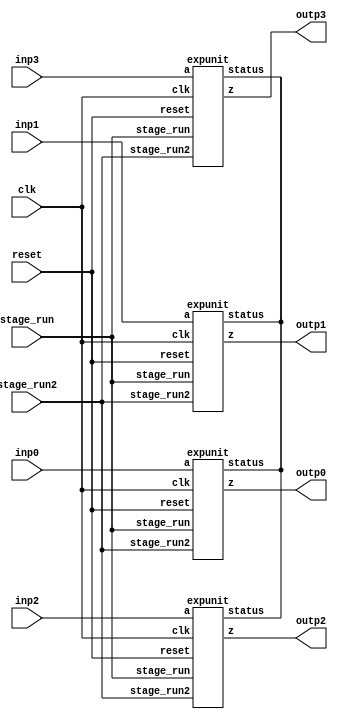
`define SIMULATION_MEMORY
//`define SIMULATION_addfp
`define VECTOR_DEPTH 64 //Q,K,V vector size
`define DATA_WIDTH 16
`define VECTOR_BITS 1024 // 16 bit each (16x64)
`define NUM_WORDS 32   //num of words in the sentence
`define BUF_AWIDTH 4 //16 entries in each buffer ram
`define BUF_LOC_SIZE 4 //4 words in each addr location
`define OUT_RAM_DEPTH 512 //512 entries in output bram
`define EXPONENT 8
`define MANTISSA 7
`define EXPONENT 5
`define MANTISSA 10
`define SIGN 1
`define DWIDTH (`SIGN+`EXPONENT+`MANTISSA)
`define DEFINES_DONE
`define DATAWIDTH (`SIGN+`EXPONENT+`MANTISSA)
`define IEEE_COMPLIANCE 1
`define NUM 4
`define ADDRSIZE 4

module mode7_exp(
  inp0, 
  inp1, 
  inp2, 
  inp3, 

  clk,
  reset,
  stage_run,
  stage_run2,
  
  outp0, 
  outp1, 
  outp2, 
  outp3
);

  input  [`DATAWIDTH-1 : 0] inp0;
  input  [`DATAWIDTH-1 : 0] inp1;
  input  [`DATAWIDTH-1 : 0] inp2;
  input  [`DATAWIDTH-1 : 0] inp3;

  input  clk;
  input  reset;
  input  stage_run;
  input  stage_run2;

  output  [`DATAWIDTH-1 : 0] outp0;
  output  [`DATAWIDTH-1 : 0] outp1;
  output  [`DATAWIDTH-1 : 0] outp2;
  output  [`DATAWIDTH-1 : 0] outp3;
  expunit exp0(.a(inp0), .z(outp0), .status(), .stage_run(stage_run), .stage_run2(stage_run2), .clk(clk), .reset(reset));
  expunit exp1(.a(inp1), .z(outp1), .status(), .stage_run(stage_run), .stage_run2(stage_run2), .clk(clk), .reset(reset));
  expunit exp2(.a(inp2), .z(outp2), .status(), .stage_run(stage_run), .stage_run2(stage_run2), .clk(clk), .reset(reset));
  expunit exp3(.a(inp3), .z(outp3), .status(), .stage_run(stage_run), .stage_run2(stage_run2), .clk(clk), .reset(reset));
endmodule
module expunit (a, z, status, stage_run, stage_run2, clk, reset);

	input [15:0] a;
    input stage_run;
	input stage_run2;
    input clk;
    input reset;
    output reg [15:0] z;
    output [7:0] status;
	
    reg  [31:0] LUTout_reg;
	reg  [31:0] LUTout_reg2;
    reg  [15:0] a_reg;
	reg  [15:0] a_reg2;
	reg  [15:0] a_comp_reg;
	reg  [31:0] Mult_out_reg;
    wire [31:0] LUTout;
    wire [31:0] Mult_out;
    wire [15:0] a_comp;
    wire [15:0] z_out;
  	
    
	always @(posedge clk) begin
    if(reset) begin
      LUTout_reg2 <= 0;
	  a_reg2 <= 0;
	  a_comp_reg <= 0;
    end 
	else if(stage_run2) begin
      LUTout_reg2 <= LUTout;
	  a_reg2 <= a;
	  a_comp_reg <= a_comp;
    end
    end
	
	always @(posedge clk) begin
    if(reset) begin
      Mult_out_reg <= 0;
      LUTout_reg <= 0;
	  a_reg <= 0;
    end 
	else if(stage_run) begin
      Mult_out_reg <= Mult_out;
      LUTout_reg <= LUTout_reg2;
	  a_reg <= a_reg2;
    end
    end

    assign a_comp = ~a + 1'b1;
    ExpLUT lut(.addr(a_comp[14:8]), .exp(LUTout)); 
    assign Mult_out = ~(a_comp_reg*LUTout_reg2[31:16])+1;
    assign z_out = Mult_out_reg[27:12] + LUTout_reg[15:0];

    always@(z_out or a_reg) begin
      if (a_reg[15:12] == 4'b1000) begin
        z = 12'b1;
      end
      else
        z = z_out;
    end
  
endmodule
module ExpLUT(addr, exp);
    input [6:0] addr;
    output reg [31:0] exp;

    always @(addr) begin
        case (addr)
	     7'b0000000            : exp =  32'b00001111100000100001000000000000;
	     7'b0000001            : exp =  32'b00001110100100100000111111110000;
	     7'b0000010            : exp =  32'b00001101101100000000111111010100;
	     7'b0000011            : exp =  32'b00001100110110110000111110101100;
	     7'b0000100            : exp =  32'b00001100000101000000111101111011;
	     7'b0000101            : exp =  32'b00001011010110000000111101000000;
	     7'b0000110            : exp =  32'b00001010101010000000111011111110;
	     7'b0000111            : exp =  32'b00001010000000110000111010110110;
	     7'b0001000            : exp =  32'b00001001011010000000111001101000;
	     7'b0001001            : exp =  32'b00001000110101100000111000010110;
	     7'b0001010            : exp =  32'b00001000010011010000110111000000;
	     7'b0001011            : exp =  32'b00000111110011000000110101101000;
	     7'b0001100            : exp =  32'b00000111010100110000110100001101;
	     7'b0001101            : exp =  32'b00000110111000010000110010110001;
	     7'b0001110            : exp =  32'b00000110011101110000110001010011;
	     7'b0001111            : exp =  32'b00000110000100100000101111110101;
	     7'b0010000            : exp =  32'b00000101101101000000101110010111;
	     7'b0010001            : exp =  32'b00000101010111000000101100111001;
	     7'b0010010            : exp =  32'b00000101000010010000101011011011;
	     7'b0010011            : exp =  32'b00000100101110100000101001111111;
	     7'b0010100            : exp =  32'b00000100011100010000101000100011;
	     7'b0010101            : exp =  32'b00000100001011000000100111001001;
	     7'b0010110            : exp =  32'b00000011111010110000100101110000;
	     7'b0010111            : exp =  32'b00000011101011110000100100011000;
	     7'b0011000            : exp =  32'b00000011011101010000100011000010;
	     7'b0011001            : exp =  32'b00000011010000000000100001101111;
	     7'b0011010            : exp =  32'b00000011000011010000100000011101;
	     7'b0011011            : exp =  32'b00000010110111100000011111001101;
	     7'b0011100            : exp =  32'b00000010101100010000011101111111;
	     7'b0011101            : exp =  32'b00000010100010000000011100110011;
	     7'b0011110            : exp =  32'b00000010011000000000011011101001;
	     7'b0011111            : exp =  32'b00000010001111000000011010100010;
	     7'b0100000            : exp =  32'b00000010000110010000011001011101;
	     7'b0100001            : exp =  32'b00000001111110000000011000011001;
	     7'b0100010            : exp =  32'b00000001110110100000010111011000;
	     7'b0100011            : exp =  32'b00000001101111010000010110011010;
	     7'b0100100            : exp =  32'b00000001101000100000010101011101;
	     7'b0100101            : exp =  32'b00000001100010010000010100100010;
	     7'b0100110            : exp =  32'b00000001011100010000010011101010;
	     7'b0100111            : exp =  32'b00000001010110100000010010110011;
	     7'b0101000            : exp =  32'b00000001010001010000010001111111;
	     7'b0101001            : exp =  32'b00000001001100100000010001001100;
	     7'b0101010            : exp =  32'b00000001000111110000010000011011;
	     7'b0101011            : exp =  32'b00000001000011100000001111101100;
	     7'b0101100            : exp =  32'b00000000111111010000001110111111;
	     7'b0101101            : exp =  32'b00000000111011100000001110010100;
	     7'b0101110            : exp =  32'b00000000111000000000001101101011;
	     7'b0101111            : exp =  32'b00000000110100100000001101000011;
	     7'b0110000            : exp =  32'b00000000110001010000001100011100;
	     7'b0110001            : exp =  32'b00000000101110010000001011111000;
	     7'b0110010            : exp =  32'b00000000101011100000001011010101;
	     7'b0110011            : exp =  32'b00000000101000110000001010110011;
	     7'b0110100            : exp =  32'b00000000100110010000001010010011;
	     7'b0110101            : exp =  32'b00000000100100000000001001110100;
	     7'b0110110            : exp =  32'b00000000100001110000001001010110;
	     7'b0110111            : exp =  32'b00000000011111110000001000111010;
	     7'b0111000            : exp =  32'b00000000011101110000001000011111;
	     7'b0111001            : exp =  32'b00000000011100000000001000000101;
	     7'b0111010            : exp =  32'b00000000011010010000000111101100;
	     7'b0111011            : exp =  32'b00000000011000110000000111010101;
	     7'b0111100            : exp =  32'b00000000010111010000000110111110;
	     7'b0111101            : exp =  32'b00000000010101110000000110101000;
	     7'b0111110            : exp =  32'b00000000010100100000000110010100;
	     7'b0111111            : exp =  32'b00000000010011010000000110000000;
	     7'b1000000            : exp =  32'b00000000010010000000000101101101;
	     7'b1000001            : exp =  32'b00000000010001000000000101011100;
	     7'b1000010            : exp =  32'b00000000010000000000000101001010;
	     7'b1000011            : exp =  32'b00000000001111000000000100111010;
	     7'b1000100            : exp =  32'b00000000001110000000000100101011;
	     7'b1000101            : exp =  32'b00000000001101010000000100011100;
	     7'b1000110            : exp =  32'b00000000001100010000000100001110;
	     7'b1000111            : exp =  32'b00000000001011100000000100000000;
	     7'b1001000            : exp =  32'b00000000001011000000000011110011;
	     7'b1001001            : exp =  32'b00000000001010010000000011100111;
	     7'b1001010            : exp =  32'b00000000001001100000000011011100;
	     7'b1001011            : exp =  32'b00000000001001000000000011010001;
	     7'b1001100            : exp =  32'b00000000001000100000000011000110;
	     7'b1001101            : exp =  32'b00000000001000000000000010111100;
	     7'b1001110            : exp =  32'b00000000000111100000000010110011;
	     7'b1001111            : exp =  32'b00000000000111000000000010101001;
	     7'b1010000            : exp =  32'b00000000000110100000000010100001;
	     7'b1010001            : exp =  32'b00000000000110010000000010011001;
	     7'b1010010            : exp =  32'b00000000000101110000000010010001;
	     7'b1010011            : exp =  32'b00000000000101100000000010001001;
	     7'b1010100            : exp =  32'b00000000000101000000000010000010;
	     7'b1010101            : exp =  32'b00000000000100110000000001111100;
	     7'b1010110            : exp =  32'b00000000000100100000000001110101;
	     7'b1010111            : exp =  32'b00000000000100010000000001101111;
	     7'b1011000            : exp =  32'b00000000000100000000000001101001;
	     7'b1011001            : exp =  32'b00000000000011110000000001100100;
	     7'b1011010            : exp =  32'b00000000000011100000000001011111;
	     7'b1011011            : exp =  32'b00000000000011010000000001011010;
	     7'b1011100            : exp =  32'b00000000000011000000000001010101;
	     7'b1011101            : exp =  32'b00000000000010110000000001010001;
	     7'b1011110            : exp =  32'b00000000000010110000000001001101;
	     7'b1011111            : exp =  32'b00000000000010100000000001001001;
	     7'b1100000            : exp =  32'b00000000000010010000000001000101;
	     7'b1100001            : exp =  32'b00000000000010010000000001000001;
	     7'b1100010            : exp =  32'b00000000000010000000000000111110;
	     7'b1100011            : exp =  32'b00000000000010000000000000111010;
	     7'b1100100            : exp =  32'b00000000000001110000000000110111;
	     7'b1100101            : exp =  32'b00000000000001110000000000110100;
	     7'b1100110            : exp =  32'b00000000000001100000000000110010;
	     7'b1100111            : exp =  32'b00000000000001100000000000101111;
	     7'b1101000            : exp =  32'b00000000000001010000000000101100;
	     7'b1101001            : exp =  32'b00000000000001010000000000101010;
	     7'b1101010            : exp =  32'b00000000000001010000000000101000;
	     7'b1101011            : exp =  32'b00000000000001000000000000100110;
	     7'b1101100            : exp =  32'b00000000000001000000000000100100;
	     7'b1101101            : exp =  32'b00000000000001000000000000100010;
	     7'b1101110            : exp =  32'b00000000000001000000000000100000;
	     7'b1101111            : exp =  32'b00000000000000110000000000011110;
	     7'b1110000            : exp =  32'b00000000000000110000000000011101;
	     7'b1110001            : exp =  32'b00000000000000110000000000011011;
	     7'b1110010            : exp =  32'b00000000000000110000000000011010;
	     7'b1110011            : exp =  32'b00000000000000110000000000011000;
	     7'b1110100            : exp =  32'b00000000000000100000000000010111;
	     7'b1110101            : exp =  32'b00000000000000100000000000010110;
	     7'b1110110            : exp =  32'b00000000000000100000000000010100;
	     7'b1110111            : exp =  32'b00000000000000100000000000010011;
	     7'b1111000            : exp =  32'b00000000000000100000000000010010;
	     7'b1111001            : exp =  32'b00000000000000100000000000010001;
	     7'b1111010            : exp =  32'b00000000000000010000000000010000;
	     7'b1111011            : exp =  32'b00000000000000010000000000001111;
	     7'b1111100            : exp =  32'b00000000000000010000000000001111;
	     7'b1111101            : exp =  32'b00000000000000010000000000001110;
	     7'b1111110            : exp =  32'b00000000000000010000000000001101;
	     7'b1111111            : exp =  32'b00000000000000010000000000001100;
        endcase
    end
endmodule